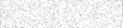
٩٥